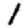
Digit: 1